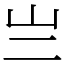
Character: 亗